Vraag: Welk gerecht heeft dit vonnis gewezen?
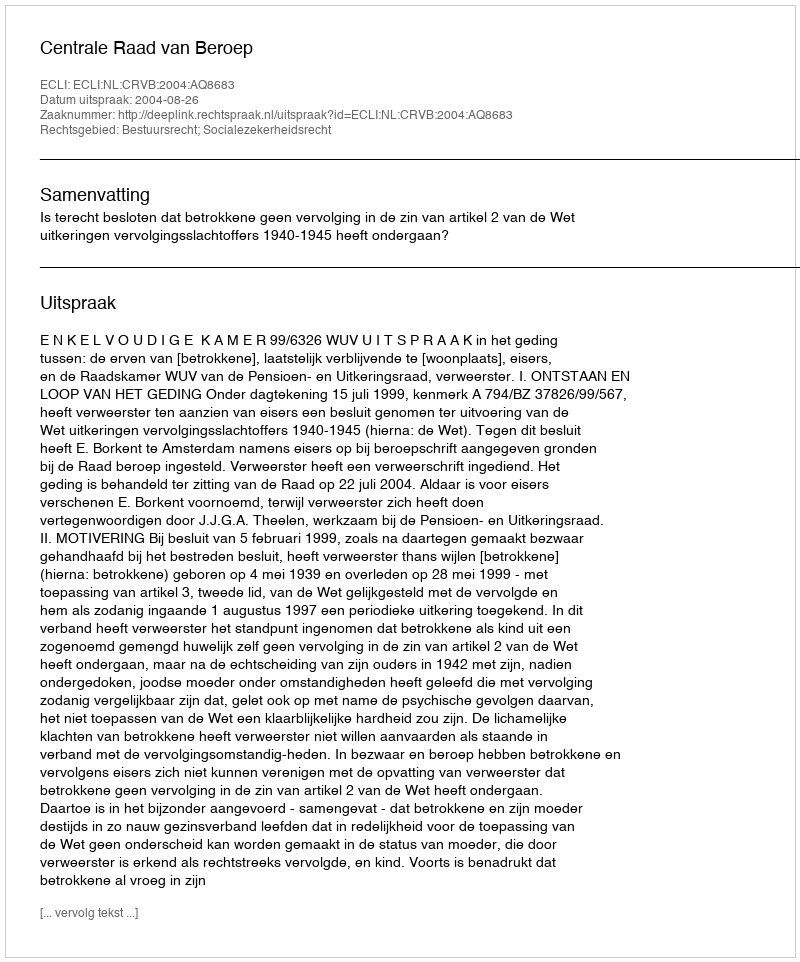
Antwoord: Centrale Raad van Beroep